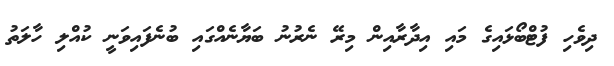
ދިވެހި ފުޓްބޯޅައިގެ މައި އިދާރާއިން މިރޭ ނެރުނު ބަޔާނެއްގައި ބުނެފައިވަނީ ކުއްލި ހާލަތު